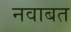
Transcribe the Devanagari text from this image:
नवाबत